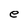
Character: e